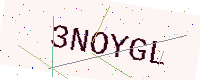
Text: 3NOYGL